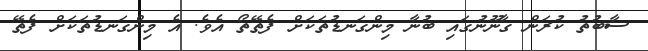
ސާބުތު ކުރަން ގާނޫނުގައި ބުނާ މިންގަނޑުތަކަށް ފެތޭތޯ އެވެ. އެ މިންގަނޑުތަކަށް ފެތޭ